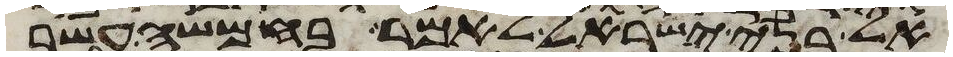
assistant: אל בני ישראל לאמר בחמשה עשר